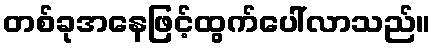
တစ်ခုအနေဖြင့်ထွက်ပေါ်လာသည်။